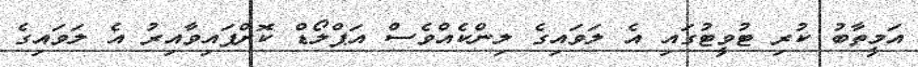
އަމީތާބު ކުރި ޓުވީޓުގައި އެ ލަވައިގެ ލިންކެއްވެސް އަޕްލޯޑް ކޮށްފައިވާއިރު އެ ލަވައިގެ